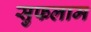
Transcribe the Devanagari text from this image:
सुफलाम